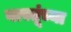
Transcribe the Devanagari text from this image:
वास्तूंच्या